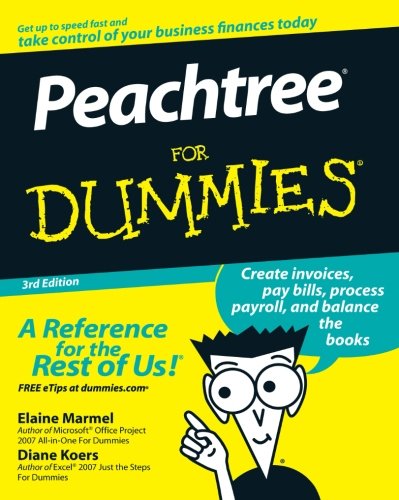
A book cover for Peachtree For Dummies; Elaine Marmel; Computers & Technology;